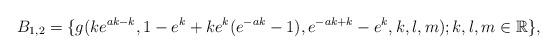
LaTeX: \begin{align*} B_{1,2}=\{g(ke^{ak-k},1-e^{k}+ke^{k}(e^{-ak}-1),e^{-ak+k}-e^{k},k,l,m); k, l, m\in \mathbb R\}, \end{align*}